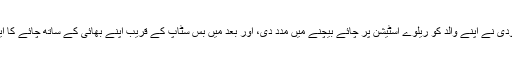
بچپن میں ہی مودی نے اپنے والد کو ریلوے اسٹیشن پر چائے بیچنے میں مدد دی، اور بعد میں بس سٹاپ کے قریب اپنے بھائی کے ساتھ چائے کا ایک اسٹال چلایا۔